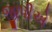
જીપીએ